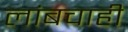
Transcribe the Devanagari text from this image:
लांबचाही